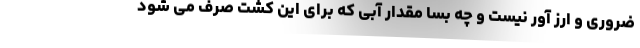
ضروری و ارز آور نیست و چه بسا مقدار آبی که برای این کشت صرف می شود